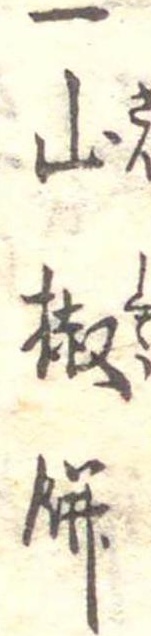
一山椒餅